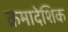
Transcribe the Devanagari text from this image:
क्रमादेशिक